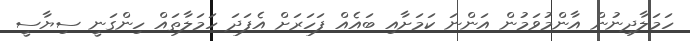
ހަމަލާދިނުން އާންމުވަމުން އަންނަ ކަމަށާއި ބައެއް ފަހަރަށް އެފަދަ ހަމަލާތައް ހިންގަނީ ސިޔާސީ